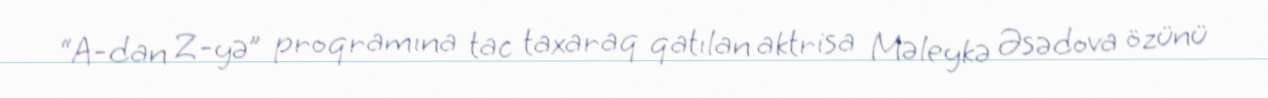
“A-dan Z-yə” proqramına tac taxaraq qatılan aktrisa Məleykə Əsədova özünü